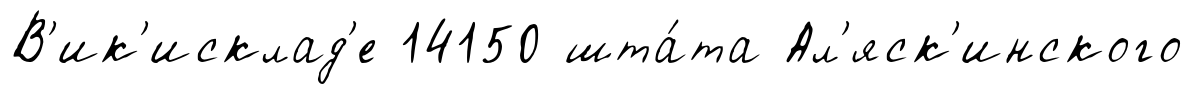
В'ик'исклад'е 14150 шта́та Ал'яск'инского